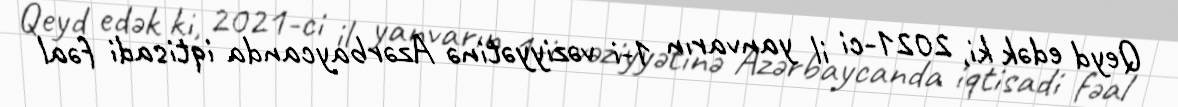
Qeyd edək ki, 2021-ci il yanvarın 1-i vəziyyətinə Azərbaycanda iqtisadi fəal